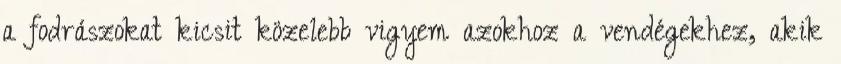
a fodrászokat kicsit közelebb vigyem azokhoz a vendégekhez, akik